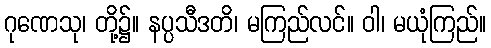
ဂုဏေသု၊ တို့၌။ နပ္ပသီဒတိ၊ မကြည်လင်။ ဝါ၊ မယုံကြည်။